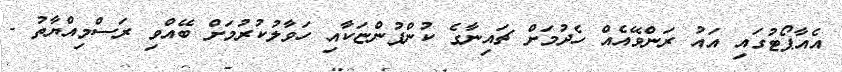
އެއާޕޯޓުގައި އައު ރަންވޭއެއް ހެދުމަށް ޗައިނާގެ ކުންފުންޏަކާއި ހަވާލުކުރުމަށް ބޭއްވި ރަސްމިއްޔާތު -